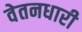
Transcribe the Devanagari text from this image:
वेतनधारी